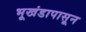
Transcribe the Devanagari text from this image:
भूखंडापासून